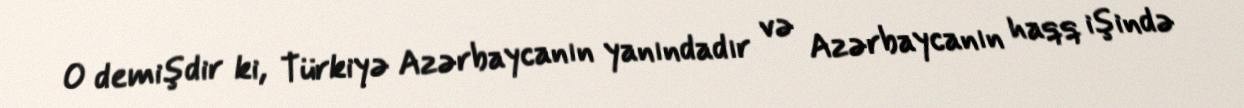
O demişdir ki, Türkiyə Azərbaycanın yanındadır və Azərbaycanın haqq işində